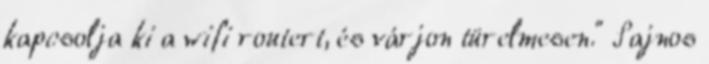
kapcsolja ki a wifi routert, és várjon türelmesen.” Sajnos